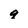
Character: q